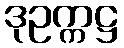
ဒုဥက္ကဋ္ဌ